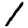
Digit: 1